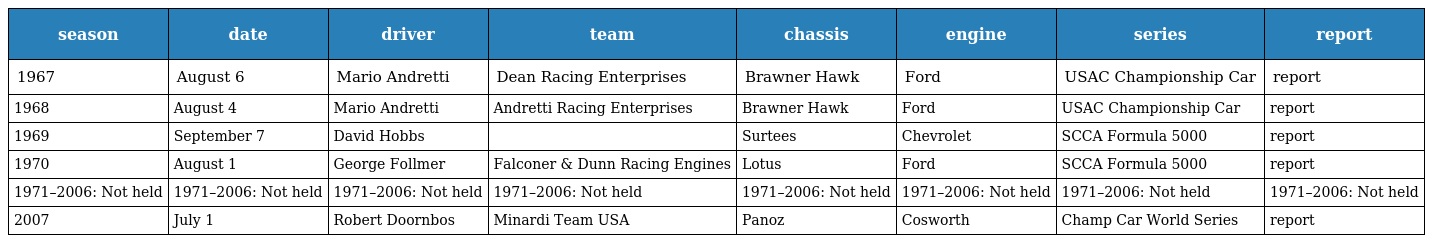
| season | date | driver | team | chassis | engine | series | report |
 | --- | --- | --- | --- | --- | --- | --- | --- |
 | 1967 | August 6 | Mario Andretti | Dean Racing Enterprises | Brawner Hawk | Ford | USAC Championship Car | report |
 | 1968 | August 4 | Mario Andretti | Andretti Racing Enterprises | Brawner Hawk | Ford | USAC Championship Car | report |
 | 1969 | September 7 | David Hobbs |  | Surtees | Chevrolet | SCCA Formula 5000 | report |
 | 1970 | August 1 | George Follmer | Falconer & Dunn Racing Engines | Lotus | Ford | SCCA Formula 5000 | report |
 | 1971–2006: Not held | 1971–2006: Not held | 1971–2006: Not held | 1971–2006: Not held | 1971–2006: Not held | 1971–2006: Not held | 1971–2006: Not held | 1971–2006: Not held |
 | 2007 | July 1 | Robert Doornbos | Minardi Team USA | Panoz | Cosworth | Champ Car World Series | report |